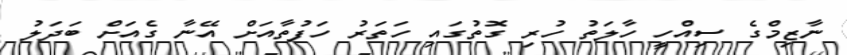
ނާޒިމްގެ ސިއްހީ ހާލަތު ހުރި ގޮތުގައި ހަތަރު ހަފުތާއަށް އޭނާ ގެއަށް ބަދަލު